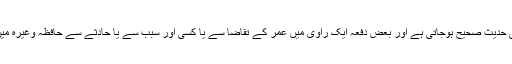
تو اس طرح سے بھی حدیث صحیح ہوجاتی ہے اور بعض دفعہ ایک راوی میں عمر کے تقاضا سے یا کسی اور سبب سے یا حادثے سے حافظہ وغیرہ میں خرابی ہوجاتی ہے۔